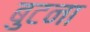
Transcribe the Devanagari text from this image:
बुटना